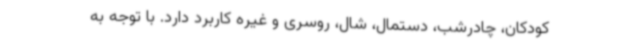
کودکان، چادرشب، دستمال، شال، روسری و غیره کاربرد دارد. با توجه به